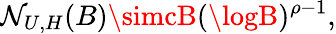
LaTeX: \mathcal{N}_{U,H}(B)\simcB(\logB)^{\rho-1},